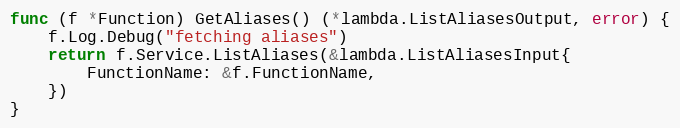
Language: Go
func (f *Function) GetAliases() (*lambda.ListAliasesOutput, error) {
	f.Log.Debug("fetching aliases")
	return f.Service.ListAliases(&lambda.ListAliasesInput{
		FunctionName: &f.FunctionName,
	})
}